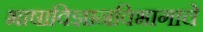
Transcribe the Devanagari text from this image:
भाषाविज्ञानविभागाचे